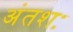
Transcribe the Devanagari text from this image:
अंतशः